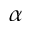
\alpha